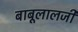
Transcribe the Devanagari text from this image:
बाबूलालजी